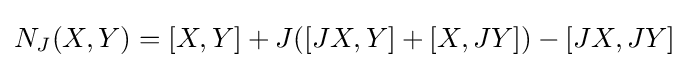
N_{J}(X,Y)=[X,Y]+J([JX,Y]+[X,JY])-[JX,JY]